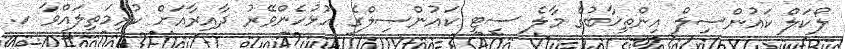
ލޯކަލް ކައުންސިލް އިންތިޚާބުގެ މާލެ ސިޓީ ކައުންސިލްގެ ހުޅުހެންވޭރު ދާއިރާއަށް ކުރިމަތިލައްވާ ހ.